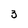
Character: 3